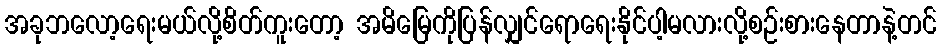
အခုဘလော့ရေးမယ်လို့စိတ်ကူးတော့ အမိမြေကိုပြန်လျှင်ရောရေးနိုင်ပါ့မလားလို့စဉ်းစားနေတာနဲ့တင်